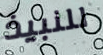
للنبيذ